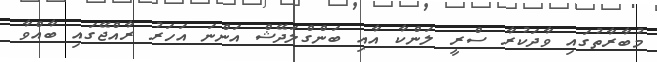
މުބާރާތުގައި ވާދަކުރާ ސްރީ ލަންކާ އާއި ބަންގްލަދޭޝް އަންނަ އަހަރު ރާއްޖޭގައި ބާއްވާ